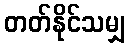
တတ်နိုင်သမျှ